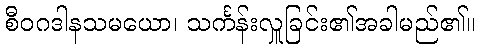
စီဝဂဒါနသမယော၊ သင်္ကန်းလှူခြင်း၏အခါမည်၏။